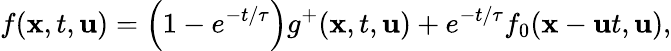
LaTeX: f(\textbf{x},t,\textbf{u})=\left(1-e^{-t/\tau}\right)g^{+}(\textbf{x},t,\textbf{u})+e^{-t/\tau}f_{0}(\textbf{x}-\textbf{u}t,\textbf{u}),